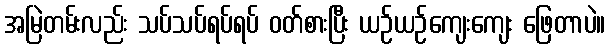
အမြဲတမ်းလည်း သပ်သပ်ရပ်ရပ် ဝတ်စားပြီး ယဉ်ယဉ်ကျေးကျေး ဖြေတာပဲ။